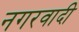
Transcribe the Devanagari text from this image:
नगरवादी